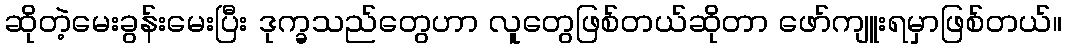
ဆိုတဲ့မေးခွန်းမေးပြီး ဒုက္ခသည်တွေဟာ လူတွေဖြစ်တယ်ဆိုတာ ဖော်ကျူးရမှာဖြစ်တယ်။